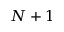
N + 1